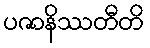
ပဇာနိဿတီတိ